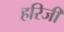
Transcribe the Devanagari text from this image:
हरिजी